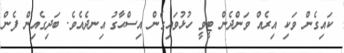
ކައިގެން ވަކި އިރެއް ވަންދެން ޓީވީ ހުޅުވައިގެން އިސްޙާގު އިނދެއެވެ. ބަދިގެއިން ފެން